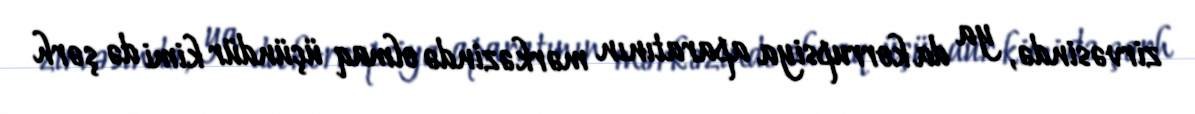
zirvəsində, ya da korrupsiya aparatının mərkəzində olmaq üçündür kimi də şərh